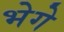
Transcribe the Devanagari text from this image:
भेगे